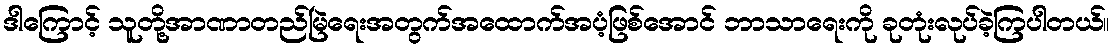
ဒါကြောင့် သူတို့အာဏာတည်မြဲရေးအတွက်အထောက်အပံ့ဖြစ်အောင် ဘာသာရေးကို ခုတုံးလုပ်ခဲ့ကြပါတယ်။